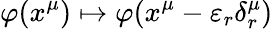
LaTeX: \varphi(x^{\mu})\mapsto\varphi(x^{\mu}-\varepsilon_{r}\delta_{r}^{\mu})